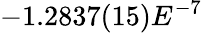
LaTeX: -1.2837(15)E^{-7}